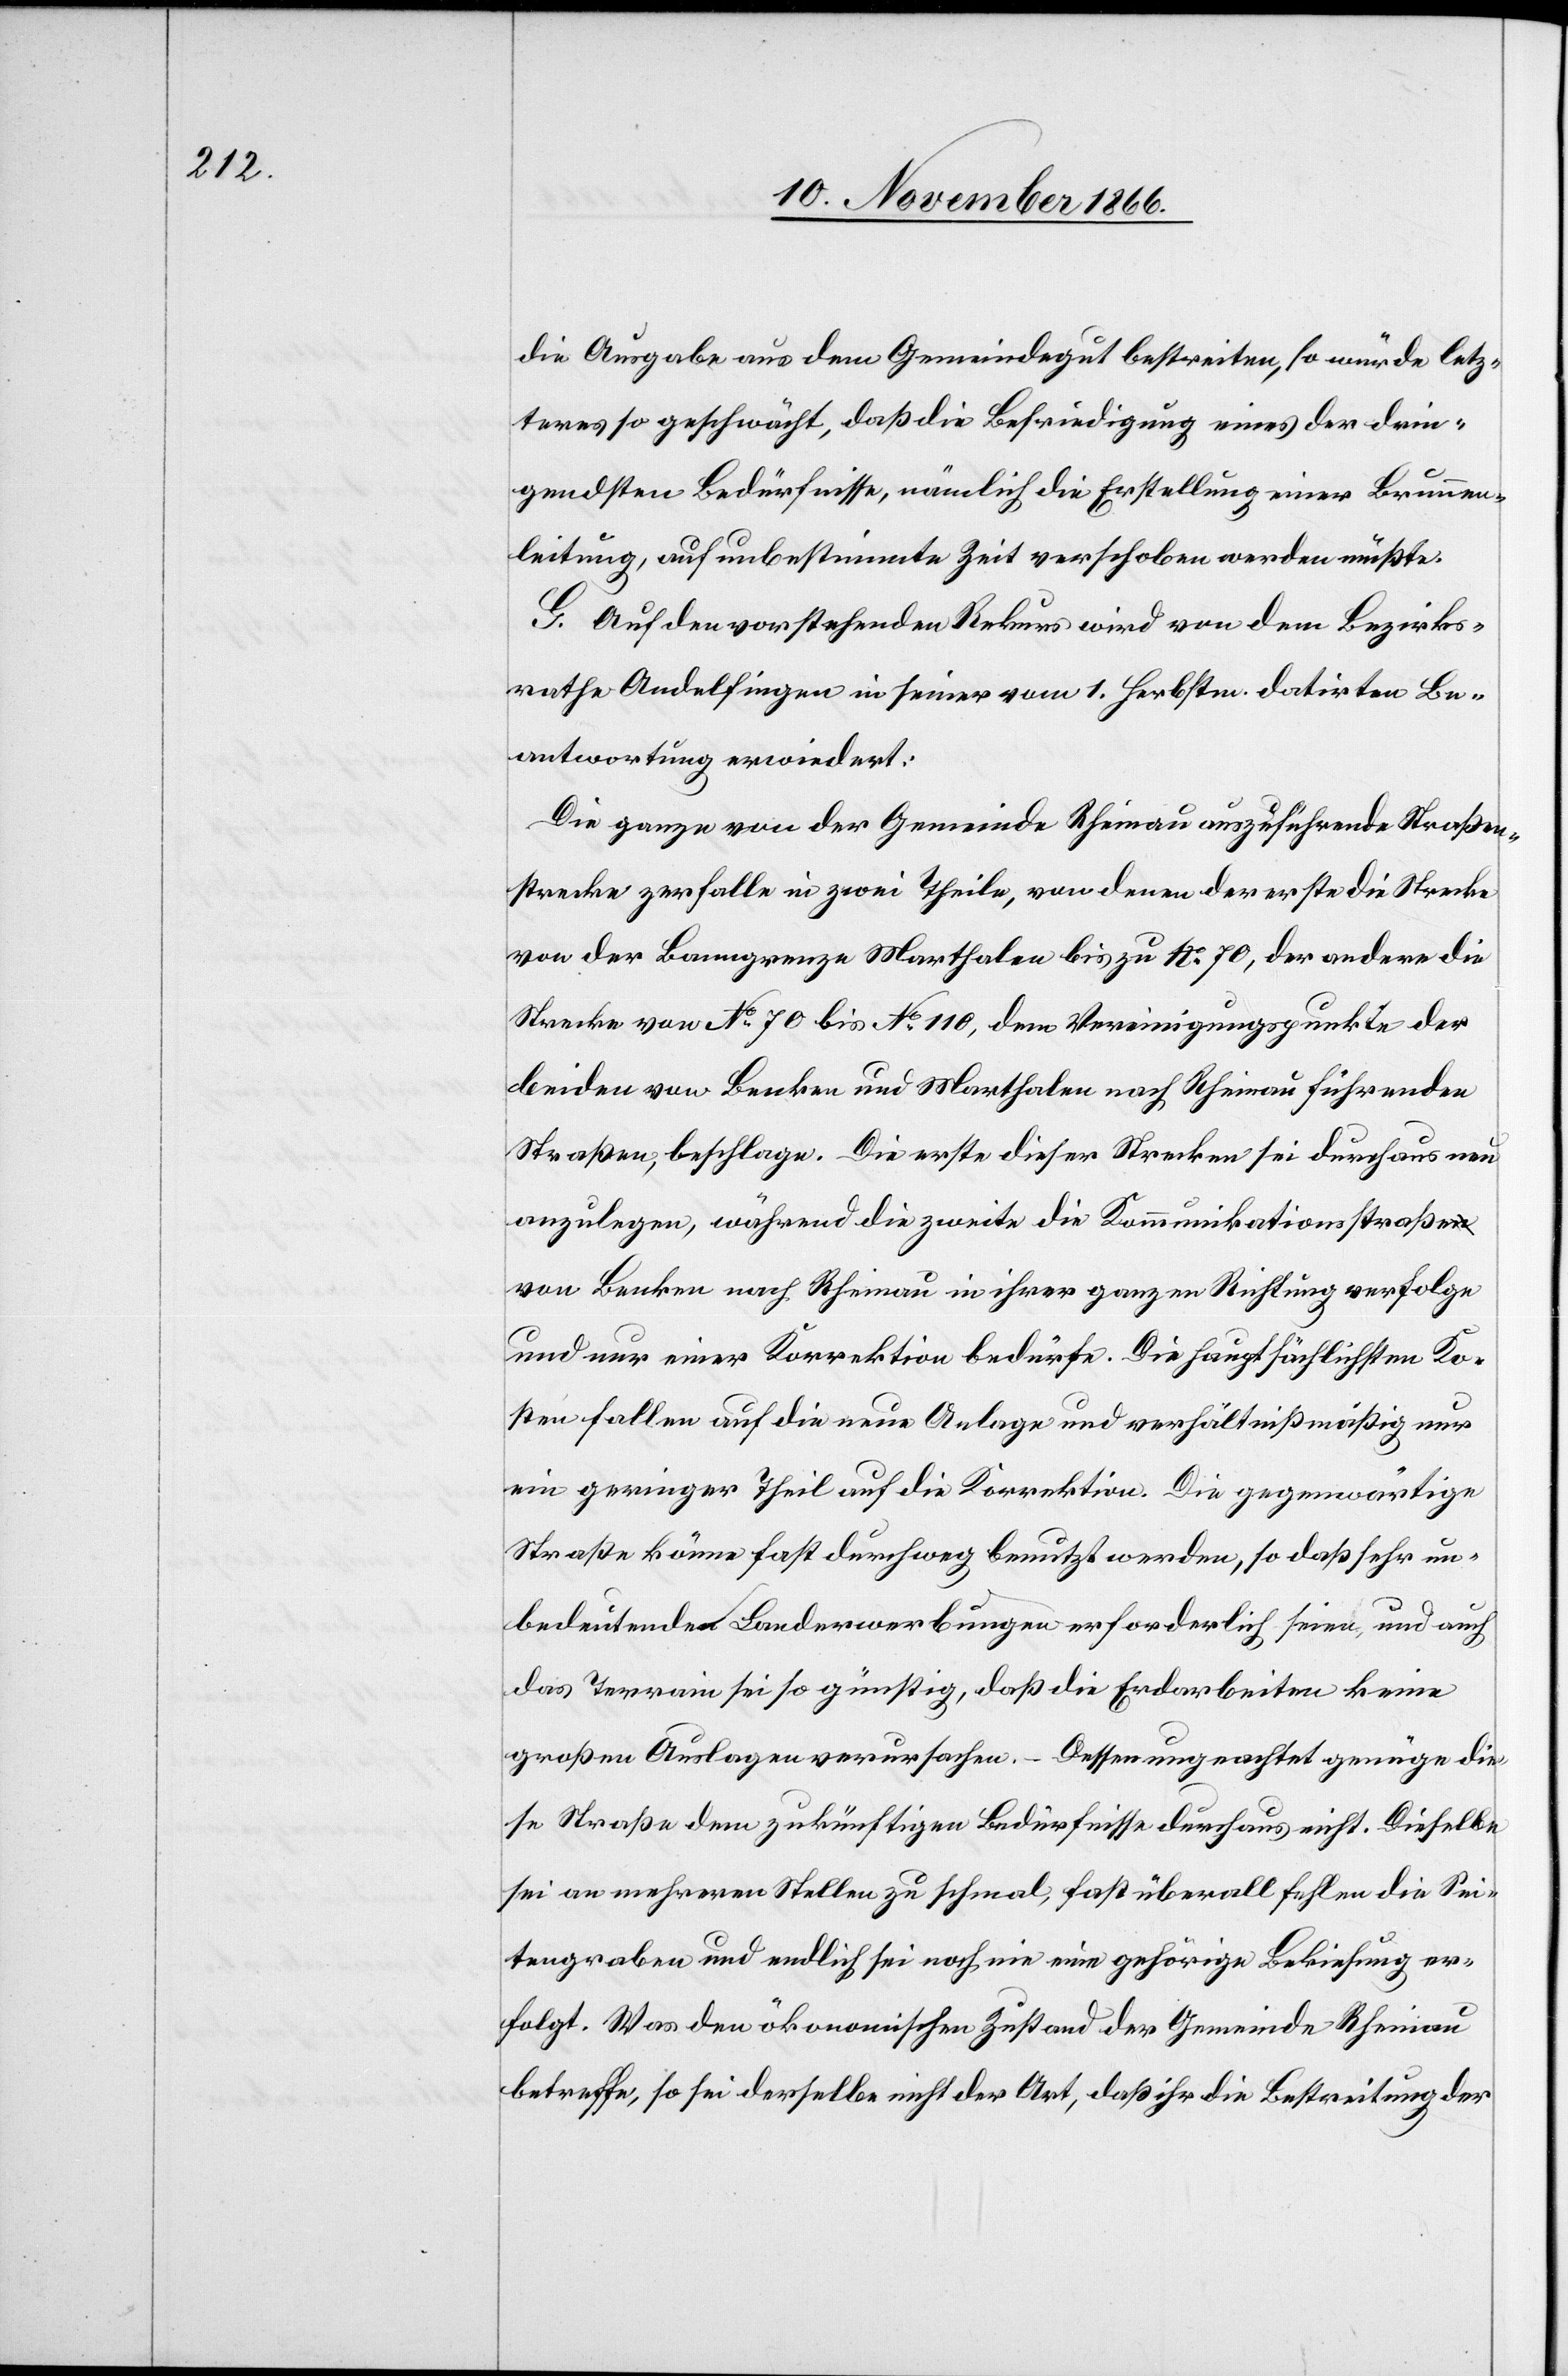
die Ausgabe aus dem Gemeindegut bestreiten, so würde letz¬
teres so geschwächt, daß die Befriedigung eines der drin¬
gendsten Bedürfnisse, nämlich die Erstellung einer Brunnen¬
leitung, auf unbestimmte Zeit verschoben werden müßte.
G. Auf den vorstehenden Rekurs wird von dem Bezirks¬
rathe Andelfingen in seiner vom 1. Herbstm. datirten Be¬
antwortung erwiedert:
Die ganze von der Gemeinde Rheinau auszuführende Straßen¬
strecke zerfalle in zwei Theile, von denen der erste die Strecke
von der Banngrenze Marthalen bis zu No. 70, der andere die
Strecke von No. 70 bis No. 110, dem Vereinigungspunkte der
beiden von Benken und Marthalen nach Rheinau führenden
Straßen, beschlage. Die erste dieser Strecken sei durchaus neu
anzulegen, während die zweite die Kommunikationsstraße
von Benken nach Rheinau in ihrer ganzen Richtung verfolge
und nur einer Korrektion bedürfe. Die hauptsächlichen Ko¬
sten fallen auf die neue Anlage und verhältnißmäßig nur
ein geringer Theil auf die Korrektion. Die gegenwärtige
Straße könne fast durchweg benutzt werden, so daß sehr un¬
bedeutende Landerwerbungen erforderlich seien, und auch
das Terrain sei so günstig, daß die Erdarbeiten keine
großen Auslagen verursachen. – Dessen ungeachtet genüge die¬
se Straße dem zukünftigen Bedürfnisse durchaus nicht. Dieselbe
sei an mehreren Stellen zu schmal, fast überall fehlen die Sei¬
tengraben und endlich sei noch nie eine gehörige Bekiesung er¬
folgt. Was den ökonomischen Zustand der Gemeinde Rheinau
betreffe, so sei derselbe nicht der Art, daß ihr die Bestreitung der